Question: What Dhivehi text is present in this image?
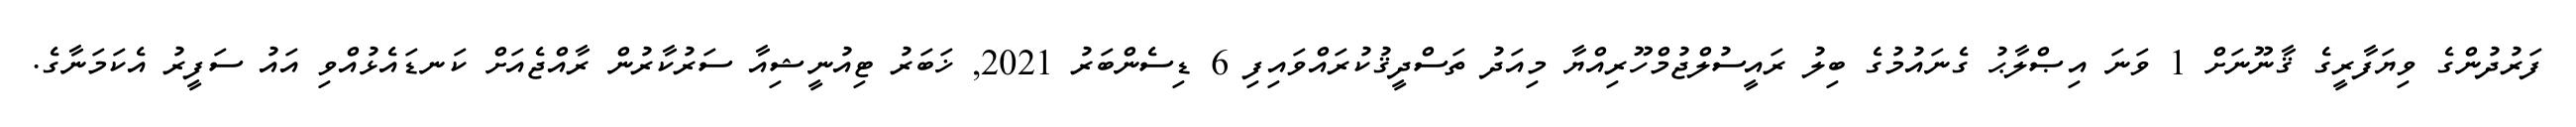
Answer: ފަރުދުންގެ ވިޔަފާރީގެ ޤާނޫނަށް 1 ވަނަ އިޞްލާޙު ގެނައުމުގެ ބިލު ރައީސުލްޖުމްހޫރިއްޔާ މިއަދު ތަސްދީޤުކުރައްވައިފި 6 ޑިސެންބަރު 2021, ޚަބަރު ޓިއުނީޝިއާ ސަރުކާރުން ރާއްޖެއަށް ކަނޑައެޅުއްވި އައު ސަފީރު އެކަމަނާގެ.